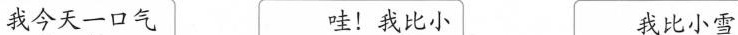
我今天一口气 哇！我比小 我比小雪